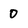
Character: 0